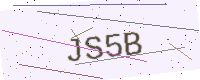
Text: JS5B